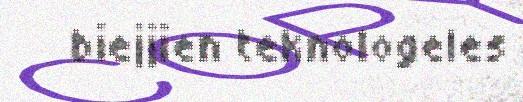
biejjien teknologeles